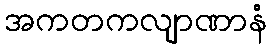
အကတကလျာဏာနံ